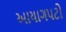
આયાગપટો